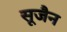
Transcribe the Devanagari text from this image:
सूजैन